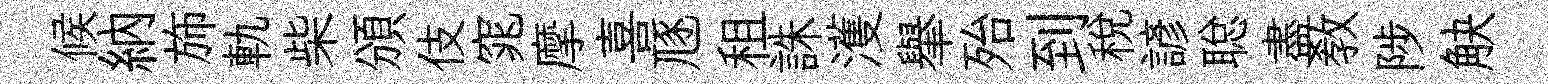
候納斾軌柴頒伎窕摩喜豗租誅濩𦦙殆到稅諺聪盡教陟觖